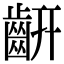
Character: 𪗛